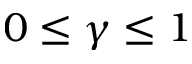
0 \leq \gamma \leq 1